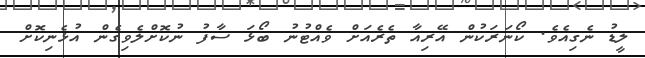
ލީޑު ނެގިއެވެ. ކޯނަރަކުން އޭރިއާ ތެރެއަށް ވެއްޓުނު ބޯޅަ ސާފު ނުކޮށްލެވިގެން އުޅެނިކޮށް